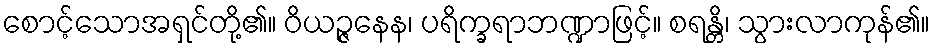
စောင့်သောအရှင်တို့၏။ ဝိယဉ္ဇနေန၊ ပရိက္ခရာဘဏ္ဍာဖြင့်။ စရန္တိ၊ သွားလာကုန်၏။